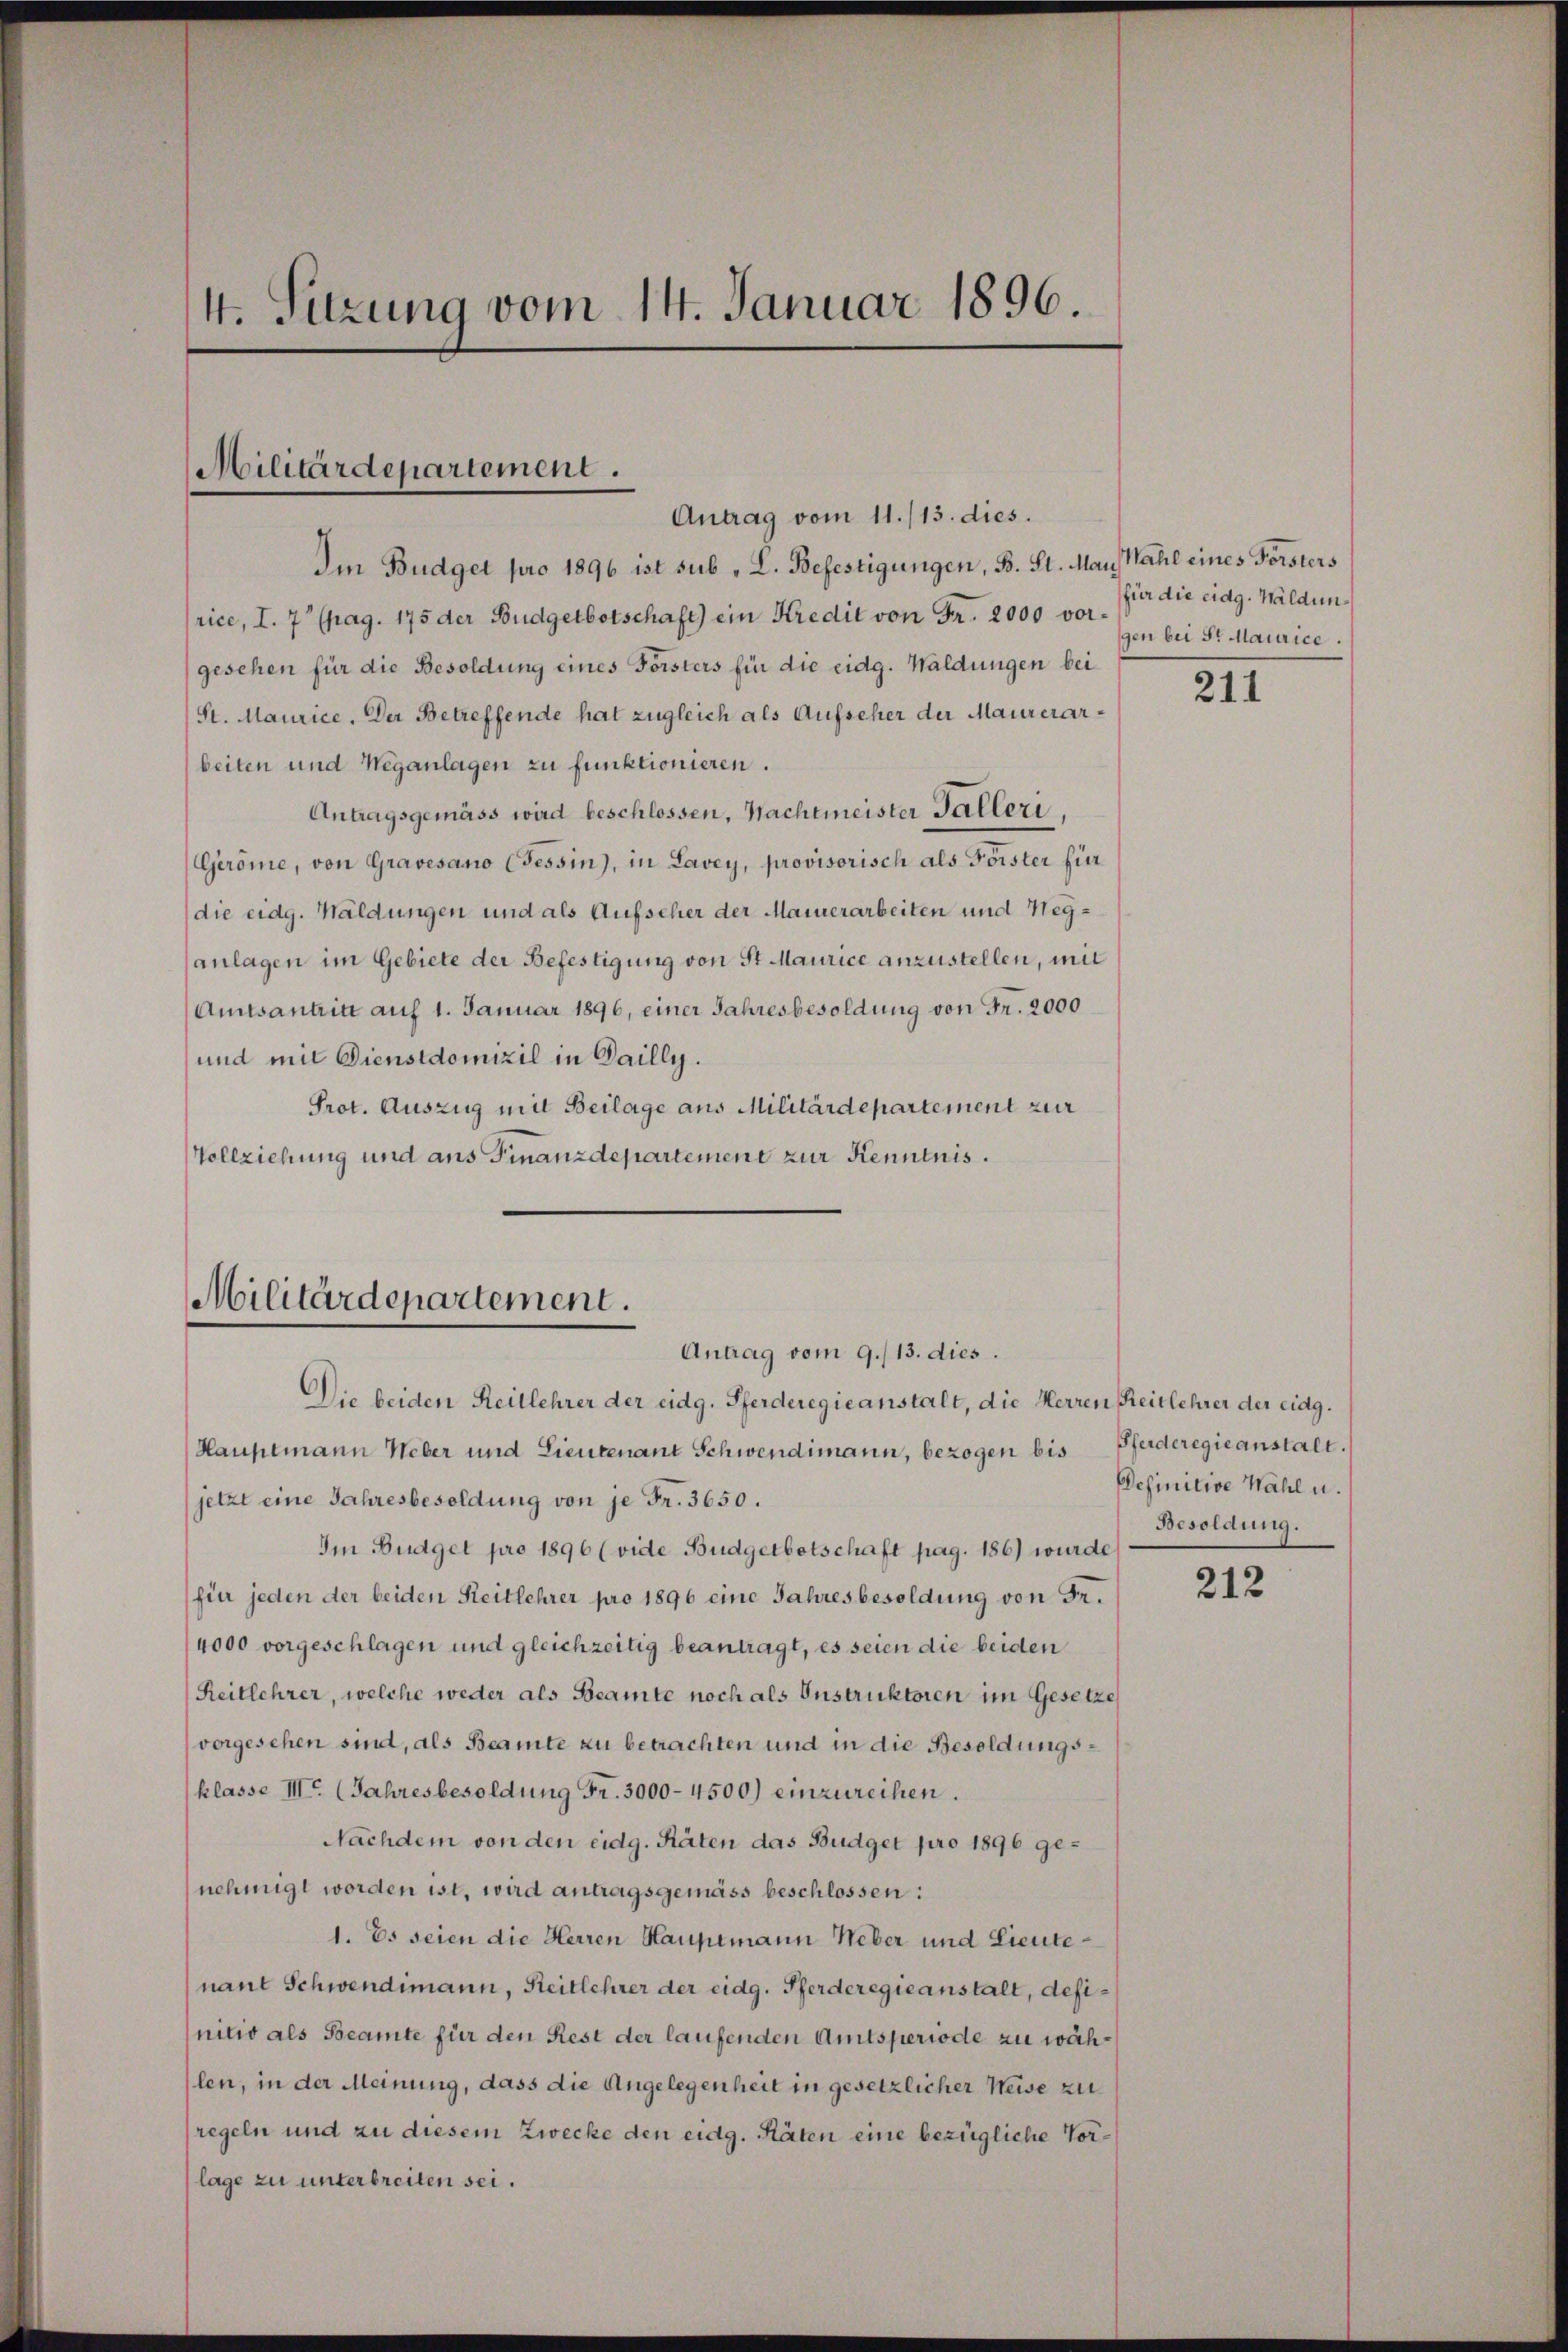
4. Sitzung vom 14. Januar 1896.

Militärdepartement.
Antrag vom 11./13. dies.

Im Budget pro 1896 ist sub „L. Befestigungen, B. St. May) Wahl eines Forsters
rice, I. 7 (pag. 175 der Budgetbotschaft) ein Kredit von Fr. 2000 von bei Sr Maurice
gesehen für die Besoldung eines Forsters für die eidg. Waldungen bei
St. Maurice. Der Betreffende hat zugleich als Aufseher der Maurerarbeiten und Weganlagen zu funktionieren.
Antragsgemäss wird beschlossen, Nachtmeister Falleri
Geröme, von Gravesano (Tessin), in Lavey, provisorisch als Forster für
die eidg. Waldungen und als Aufseher der Mauerarbeiten und Weganlagen im Gebiete der Befestigung von St. Maurice anzustellen, mit
Amtsantritt auf 1. Januar 1896, einer Jahresbesoldung von Fr. 2000
und mit Dienstdomizil in Dailly.
Prot. Auszug mit Beilage aus Militärdepartement zur
Vollziehung und aus Finanzdepartement zur Kenntnis.

Militärdepartement.
Antrag vom 9./13. dies.

Die beiden Reitlehrer der eidg. Pferderegieanstalt, die Herren Reitlehrer der eidg.
Hauptmann Weber und Lieutenant Schwendimann, bezogen bis Pferderegieanstalt.
jetzt eine Jahresbesoldung von je Fr. 3650.
Im Budget pro 1896 (vide Budgetbetschaft pag. 186) wurde
(für jeden der beiden Reitlehrer pro 1896 eine Jahresbesoldung von Fr.
4000 vorgeschlagen und gleichzeitig beantragt, es seien die beiden
Reitlehrer, welche weder als Beamte noch als Instruktoren im Gesetze
vorgesehen sind, als Beamte zu betrachten und in die Besoldungsklasse III (Jahresbesoldung Fr. 3000-4500) einzureihen.
Nachdem von den eidg. Räten das Budget pro 1896 genehmigt worden ist, wird antragsgemäss beschlossen:
1. Es seien die Herren Hauptmann Weber und Lieutenant Schwendimann, Reitlehrer der eidg. Pferderegieanstalt, definitio als Beamte für den Rest der laufenden Amtsperiode zu wählen, in der Meinung, dass die Angelegenheit in gesetzlicher Weise zu
regeln und zu diesem Zwecke den eidg. Räten eine bezügliche Vorlage zu unterbreiten sei.

für die eidg. Waldun¬

211

Definitive Wahl u.
Besoldung.

212